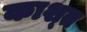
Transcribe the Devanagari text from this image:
काश्‍त